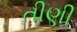
તીણી